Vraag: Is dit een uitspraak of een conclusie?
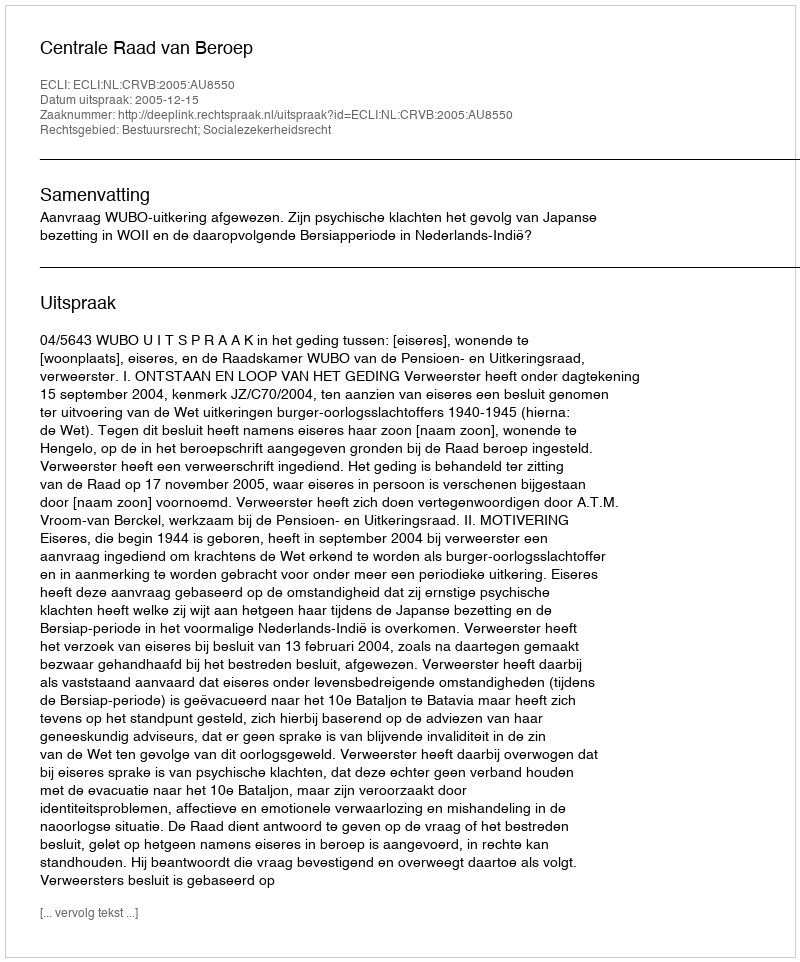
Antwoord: Uitspraak